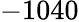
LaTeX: -1040